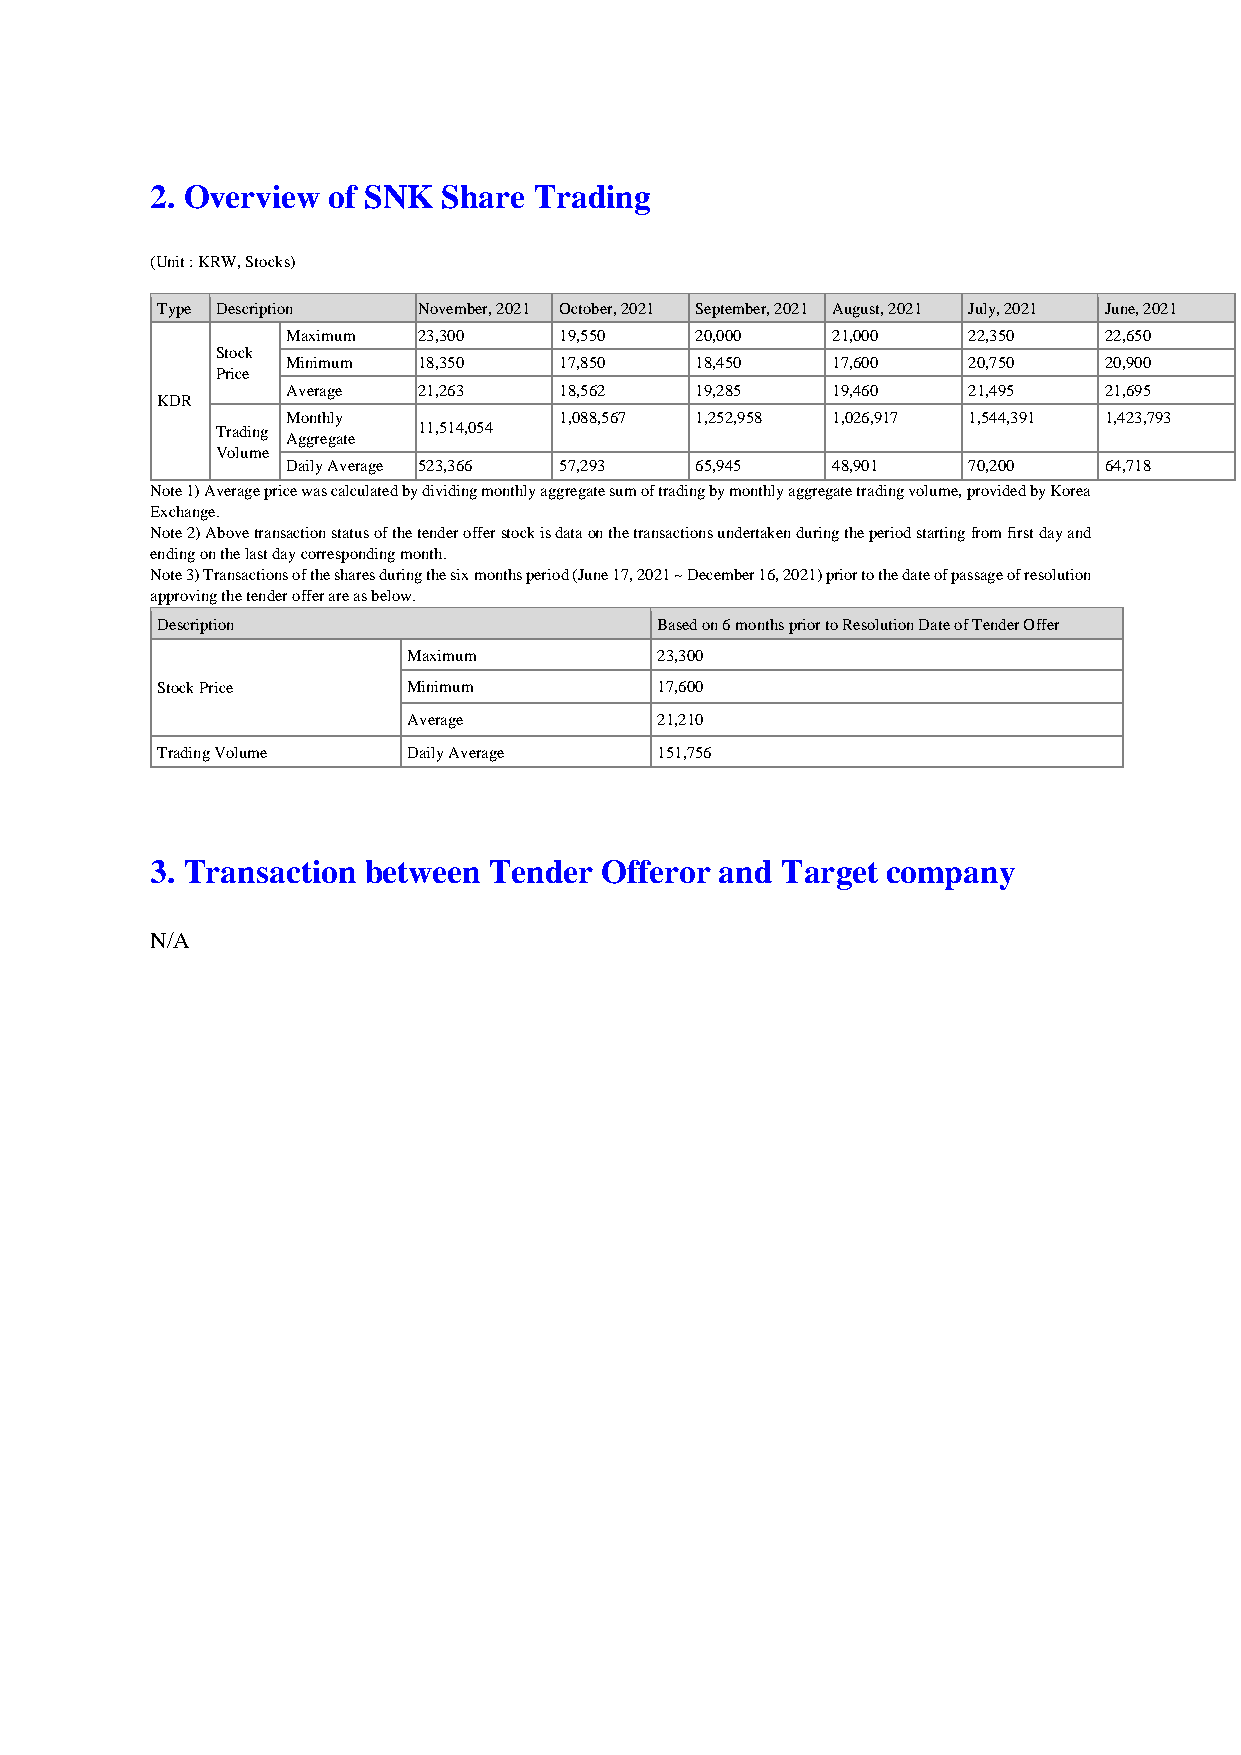
2. Overview of SNK Share Trading
 (Unit : KRW, Stocks)
 Type Description  November, 2021 October, 2021 September, 2021 August, 2021 July, 2021 June, 2021
 Maximum  23,300   19,550   20,000   21,000   22,350   22,650
 Stock
 Minimum  18,350   17,850   18,450   17,600   20,750   20,900
 Price
 Average  21,263   18,562   19,285   19,460   21,495   21,695
 KDR
 Monthly           1,088,567 1,252,958 1,026,917 1,544,391 1,423,793
 Trading       11,514,054
 Aggregate
 Volume
 Daily Average 523,366 57,293 65,945 48,901   70,200   64,718
 Note 1) Average price was calculated by dividing monthly aggregate sum of trading by monthly aggregate trading volume, provided by Korea
 Exchange.
 Note 2) Above transaction status of the tender offer stock is data on the transactions undertaken during the period starting from first day and
 ending on the last day corresponding month.
 Note 3) Transactions of the shares during the six months period (June 17, 2021 ~ December 16, 2021) prior to the date of passage of resolution
 approving the tender offer are as below.
 Description                      Based on 6 months prior to Resolution Date of Tender Offer
 Maximum         23,300
 Stock Price      Minimum         17,600
 Average         21,210
 Trading Volume   Daily Average   151,756
 3. Transaction between Tender Offeror and Target company
 N/A